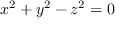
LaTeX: x ^ { 2 } + y ^ { 2 } - z ^ { 2 } = 0